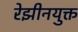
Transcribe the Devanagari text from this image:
रेझीनयुक्त